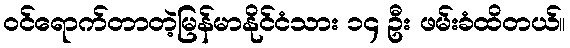
ဝင်ရောက်တာတဲ့မြန်မာနိုင်ငံသား ၁၄ ဦး ဖမ်းခံထိတယ်။